Eesti_Ajutine_Maanoukogu, lk 4
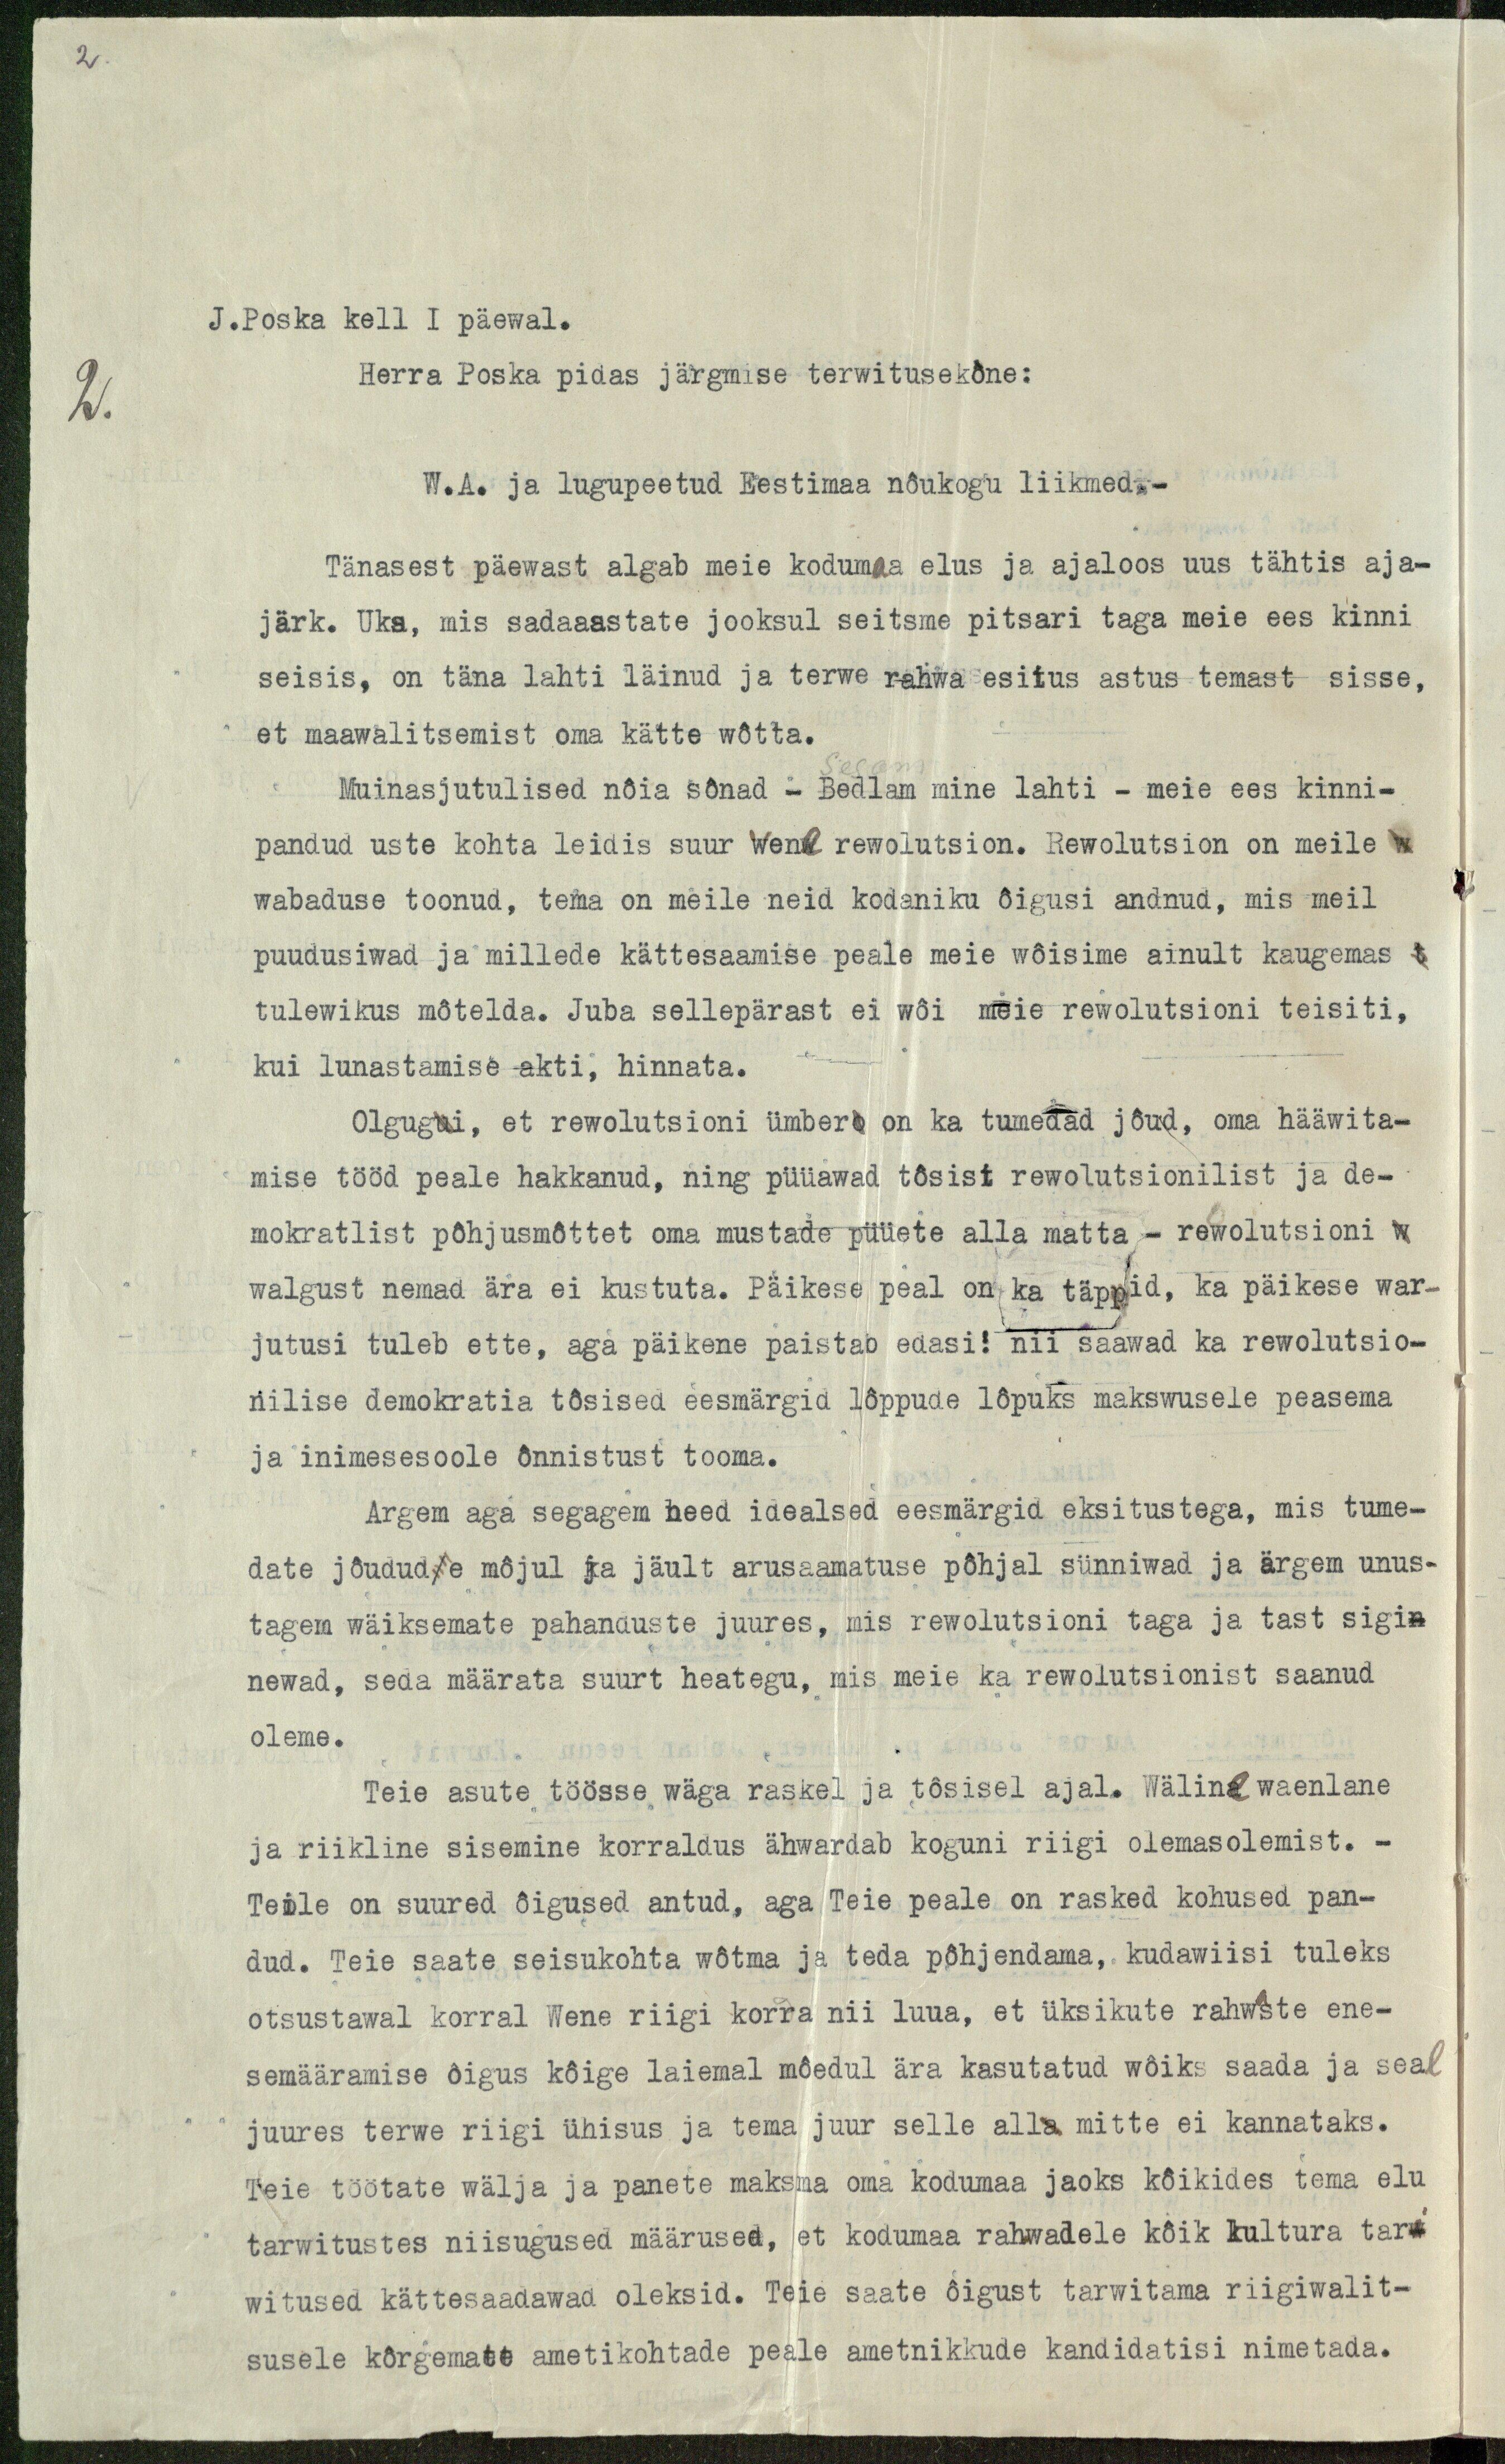
J.Poska kell 1 päewal.
Herra Poska pidas järgmise terwitusekõne:
W. A. ja lugupeetud Eestimaa nõukogu liikmed.-
Tänasest päewast algab meie kodumaa elus ja ajaloos uus tähtis aja-
järk. Uks, mis sadaaastate jooksul seitsme pitsari taga meie ees kinni
seisis, on täna lahti läinud ja terwe rahwa esitus astus temast sisse,
et maawalitsemist oma kätte wõtta.
Muinasjutulised nõia sõnad - Bedlam mine lahti - meie ees kinni-
pandud uste kohta leidis suur Wene rewolutsion. Rewolutsion on meile w
wabaduse toonud, tema on meile neid kodaniku õigusi andnud, mis meil
puudusiwad ja millede kättesaamise peale meie wõisime ainult kaugemas
tulewikus mõtelda. Juba sellepärast ei wõi meie rewolutsioni teisiti,
kui lunastamise akti, hinnata.
Olgugui, et rewolutsioni ümbero on ka tumedad jõud, oma hääwita-
mise tööd peale hakkanud, ning püüawad tõsist rewolutsionilist ja de-
mokratlist põhjusmõttet oma mustade püüete alla matta - rewolutsioni w
walgust nemad ära ei kustuta. Päikese peal on ka täppid, ka päikese war-
jutusi tuleb ette, aga päikene paistab edasi: nii saawad ka rewolutsio-
nilise demokratia tõsised eesmärgid lõppude lõpuks makswusele peasema
ja inimesesoole õnnistust tooma.
Argem aga segagem need idealsed eesmärgid eksitustega, mis tume-
date jõudude mõjul ja jäult arusaamatuse põhjal sünniwad ja ärgem unus-
tagem wäiksemate pahanduste juures, mis rewolutsioni taga ja tast sigi-
newad, seda määrata suurt heategu, mis meie ka rewolutsionist saanud
oleme.
Teie asute töösse wäga raskel ja tõsisel ajal. Wäline waenlane
ja riikline sisemine korraldus ähwardab koguni riigi olemasolemist. -
Teile on suured õigused antud, aga Teie peale on rasked kohused pan-
dud. Teie saate seisukohta wõtma ja teda põhjendama, kudawiisi tuleks
otsustawal korral Wene riigi korra nii luua, et üksikute rahwaste ene-
semääramise õigus kõige laiemal mõedul ära kasutatud wõiks saada ja seal
juures terwe riigi ühisus ja tema juur selle alla mitte ei kannataks.
Teie töötate wälja ja panete maksma oma kodumaa jaoks kõikides tema elu
tarwitustes niisugused määrused, et kodumaa rahwadele kõik kultura tar-
witused kättesaadawad oleksid. Teie saate õigust tarwitama riigiwalit-
susele kõrgemate ametikohtade peale ametnikkude kandidatisi nimetada.